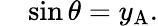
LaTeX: \quad\sin\theta=y_{\mathrm{A}}.